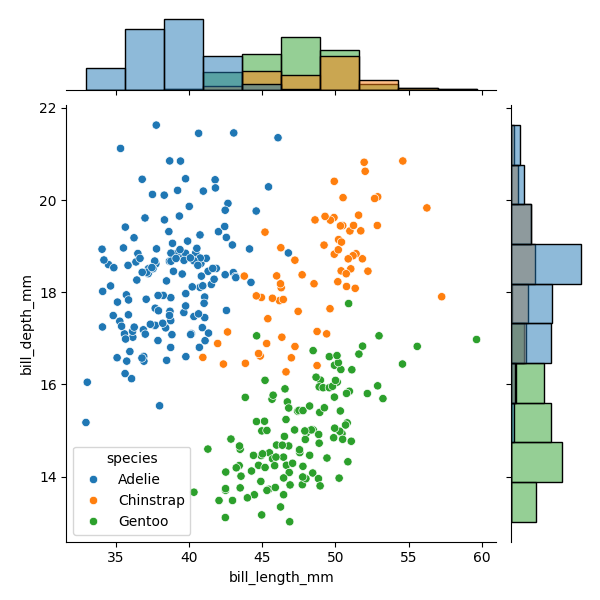
python, seaborn, JointGrid, scatterplot, histplot, hue